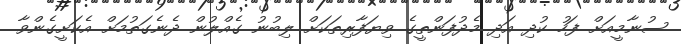
ސުނާމީއަށް ފަހު ކުދި އަދި މެދުފަންތީގެ ވިޔަފާރިތަކަށް ލިބުނު ގެއްލުން ދެނެގަތުމަށް އެކަށީގެންވާ